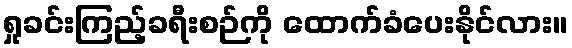
ရှုခင်းကြည့်ခရီးစဉ်ကို ထောက်ခံပေးနိုင်လား။